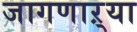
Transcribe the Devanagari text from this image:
जागणाऱ्या